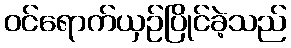
ဝင်ရောက်ယှဉ်ပြိုင်ခဲ့သည်